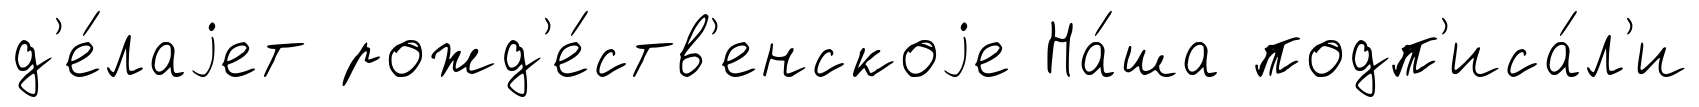
д'е́лаjет рожд'е́ств'енскоjе На́ша подп'иса́л'и